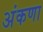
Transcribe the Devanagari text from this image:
अंकणा